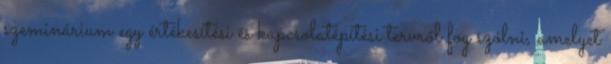
szeminárium egy értékesítési és kapcsolatépítési tervről fog szólni, amelyet